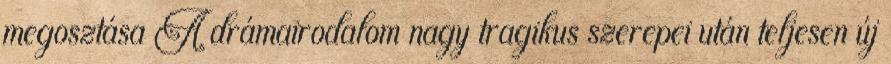
megosztása A drámairodalom nagy tragikus szerepei után teljesen új